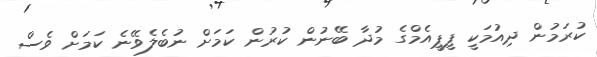
ކުރަމުން ދިއުމަކީ ޕީޕީއެމްގެ މުދާ ބޭނުން ކުރުން ކަމަށް ނުބެލެވޭނެ ކަމަށް ވެސް